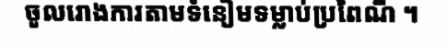
ចូលរោងការតាមទំនៀមទម្លាប់ប្រពៃណី ។